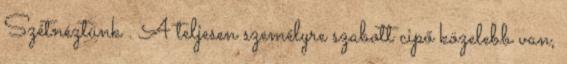
Szétnéztünk . A teljesen személyre szabott cipő közelebb van,